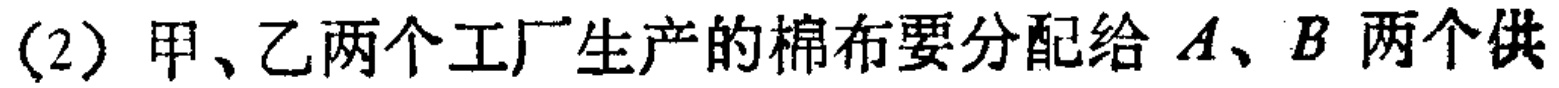
(2) 甲、乙两个工厂生产的棉布要分配给 \(A、B\) 两个供